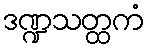
ဒဏ္ဍသတ္ထကံ